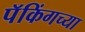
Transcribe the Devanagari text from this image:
पॅकिंगच्या